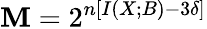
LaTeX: \mathbf{M}=2^{n\left[I\left(X;B\right)-3\delta\right]}